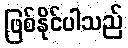
ဖြစ်နိုင်ပါသည်